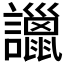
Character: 𧭞